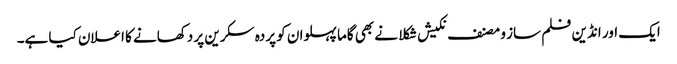
ایک اور انڈین فلم ساز و مصنف نکیش شکلا نے بھی گاما پہلوان کو پردہ سکرین پر دکھانے کا اعلان کیا ہے۔